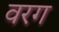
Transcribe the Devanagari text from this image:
वरग